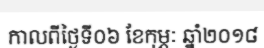
កាលពីថ្ងៃទី០៦ ខែកុម្ភៈ ឆ្នាំ២០១៨